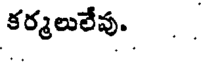
కర్మలులేవు. . .